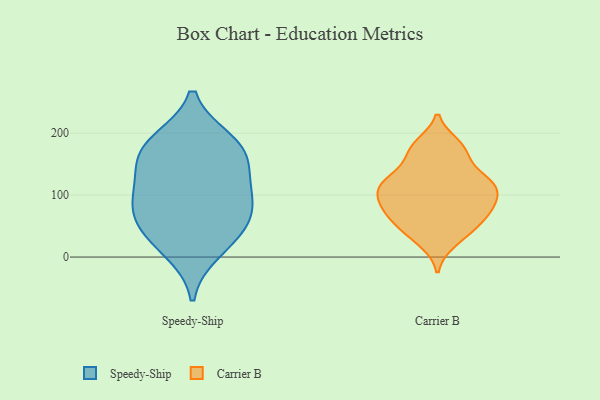
{"axis": {"x": "Operating Costs (USD K)", "y": "Value"}, "legend": ["Carrier B", "Speedy-Ship"], "data": [{"x": "", "y": 10, "type": "Speedy-Ship"}, {"x": "", "y": 43, "type": "Speedy-Ship"}, {"x": "", "y": 164, "type": "Speedy-Ship"}, {"x": "", "y": 73, "type": "Speedy-Ship"}, {"x": "", "y": 93, "type": "Speedy-Ship"}, {"x": "", "y": 187, "type": "Speedy-Ship"}, {"x": "", "y": 121, "type": "Speedy-Ship"}, {"x": "", "y": 156, "type": "Speedy-Ship"}, {"x": "", "y": 43, "type": "Speedy-Ship"}, {"x": "", "y": 183, "type": "Speedy-Ship"}, {"x": "", "y": 93, "type": "Speedy-Ship"}, {"x": "", "y": 109, "type": "Carrier B"}, {"x": "", "y": 117, "type": "Carrier B"}, {"x": "", "y": 139, "type": "Carrier B"}, {"x": "", "y": 83, "type": "Carrier B"}, {"x": "", "y": 43, "type": "Carrier B"}, {"x": "", "y": 62, "type": "Carrier B"}, {"x": "", "y": 79, "type": "Carrier B"}, {"x": "", "y": 170, "type": "Carrier B"}, {"x": "", "y": 48, "type": "Carrier B"}, {"x": "", "y": 24, "type": "Carrier B"}, {"x": "", "y": 174, "type": "Carrier B"}, {"x": "", "y": 90, "type": "Carrier B"}, {"x": "", "y": 181, "type": "Carrier B"}, {"x": "", "y": 118, "type": "Carrier B"}, {"x": "", "y": 122, "type": "Carrier B"}, {"x": "", "y": 75, "type": "Carrier B"}, {"x": "", "y": 114, "type": "Carrier B"}]}